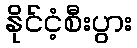
နိုင်ငံ့စီးပွား